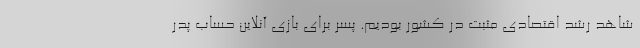
شاهد رشد اقتصادی مثبت در کشور بودیم. پسر برای بازی آنلاین حساب پدر